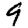
Digit: 9